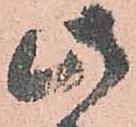
此